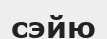
сэйю